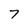
Character: 7